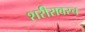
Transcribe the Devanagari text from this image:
शरीरावरच